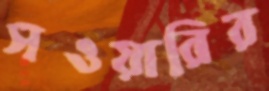
সওয়ারির